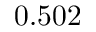
0 . 5 0 2